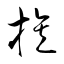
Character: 族